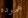
عموده